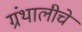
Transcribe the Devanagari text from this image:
ग्रंथालीचे